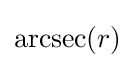
\operatorname {arcsec} (r)